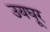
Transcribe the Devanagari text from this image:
उयघूर